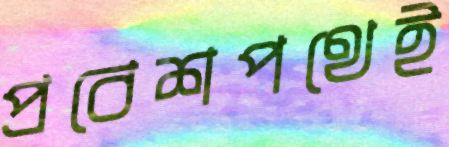
প্রবেশপথেই